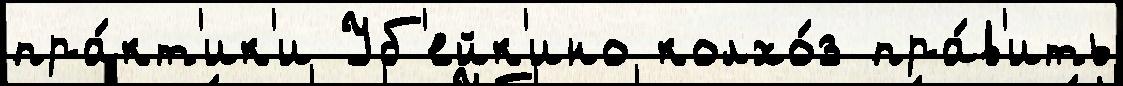
пра́кт'ик'и Уб'ейк'ино колхо́з пра́в'ить